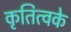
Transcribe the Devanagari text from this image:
कृतित्वके